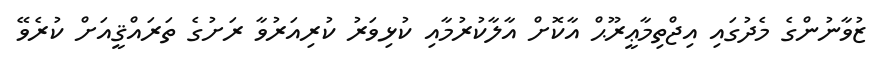
ޒުވާނުންގެ މެދުގައި އިޖްތިމާޢީރޫޙް އާކޮށް އާލާކުރުމާއި ކުޅިވަރު ކުރިއަރުވާ ރަށުގެ ތަރައްޤީއަށް ކުރެވޭ